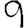
Digit: 9